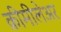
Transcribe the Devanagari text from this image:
क्रीमीलेअर